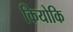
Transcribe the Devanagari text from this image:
कियोकि